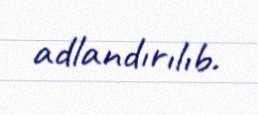
adlandırılıb.